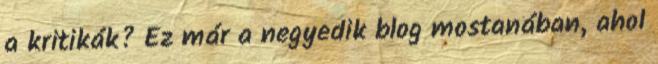
a kritikák? Ez már a negyedik blog mostanában, ahol